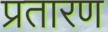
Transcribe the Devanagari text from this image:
प्रतारण